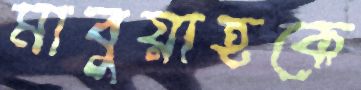
মাবুয়াহকে